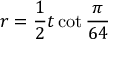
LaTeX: r = { \frac { 1 } { 2 } } t \cot { \frac { \pi } { 6 4 } }